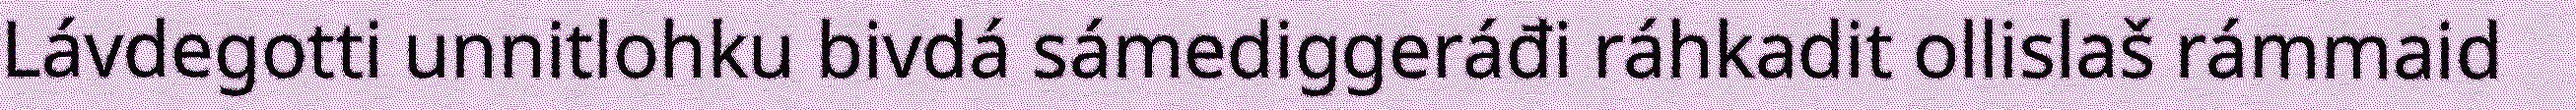
Lávdegotti unnitlohku bivdá sámediggeráđi ráhkadit ollislaš rámmaid